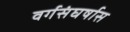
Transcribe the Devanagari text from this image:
वर्गसंघर्षास